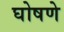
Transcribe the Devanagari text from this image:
घोषणे